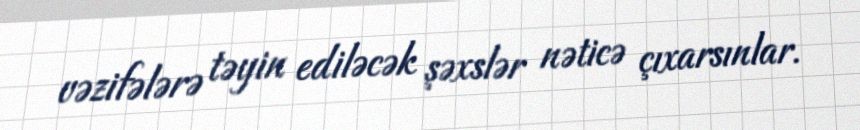
vəzifələrə təyin ediləcək şəxslər nəticə çıxarsınlar.